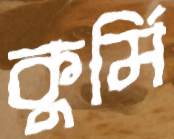
কুর্মি